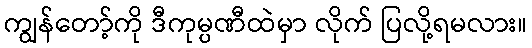
ကျွန်တော့်ကို ဒီကုမ္ပဏီထဲမှာ လိုက် ပြလို့ရမလား။